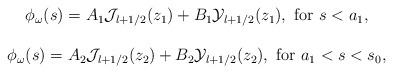
LaTeX: \begin{align*} \begin{array}{c} \phi_\omega(s)=A_1 {\cal J}_{l+1/2}(z_1)+ B_1 {\cal Y}_{l+1/2}(z_1), {\rm \ for \ }s<a_1, \\ \\ \phi_\omega(s)= A_2 {\cal J}_{l+1/2}(z_2) + B_2 {\cal Y}_{l+1/2}(z_2), {\rm \ for \ }a_1<s<s_0, \end{array}\end{align*}